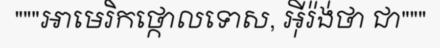
"""អាមេរិកថ្កោលទោស, អ៊ីរ៉ង់ថា ជា"""